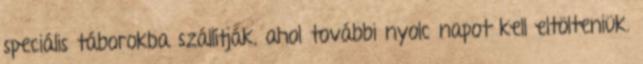
speciális táborokba szállítják, ahol további nyolc napot kell eltölteniük.